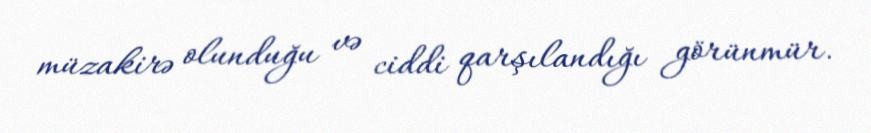
müzakirə olunduğu və ciddi qarşılandığı görünmür.